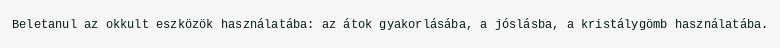
Beletanul az okkult eszközök használatába: az átok gyakorlásába, a jóslásba, a kristálygömb használatába.